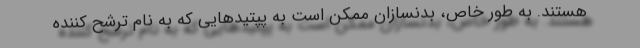
هستند. به طور خاص، بدنسازان ممکن است به پپتیدهایی که به نام ترشح کننده